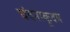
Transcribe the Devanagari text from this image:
चंदनाकूदम